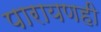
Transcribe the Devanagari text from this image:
पारायणही